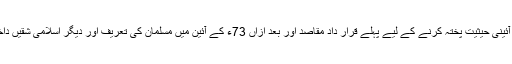
اس کی یہی آئینی حیثیت پختہ کرنے کے لیے پہلے قرار داد مقاصد اور بعد ازاں 73ء کے آئین میں مسلمان کی تعریف اور دیگر اسلامی شقیں داخل کی گئیں۔